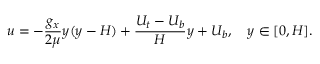
u = - \frac { g _ { x } } { 2 \mu } y ( y - H ) + \frac { U _ { t } - U _ { b } } { H } y + U _ { b } , \quad y \in [ 0 , H ] .